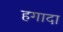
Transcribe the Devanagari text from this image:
हगादा